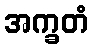
အက္ခတံ